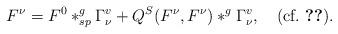
LaTeX: \begin{align*}F^{\nu}=F^0\ast^g_{sp}\Gamma^v_{\nu}+Q^S(F^{\nu},F^{\nu})\ast^g \Gamma^v_{\nu},~~~\mbox{(cf.~\ref{astdef})}.\end{align*}